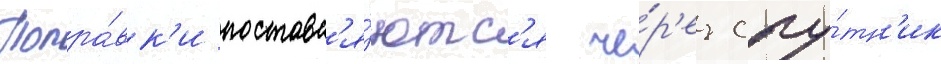
Попра́вк'и поставл'я́ютс'я че́р'ез спу́тн'ик